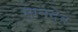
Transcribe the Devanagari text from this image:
मानदेव